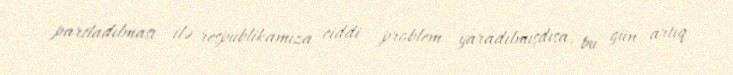
partladılması ilə respublikamıza ciddi problem yaradılmışdısa, bu gün artıq